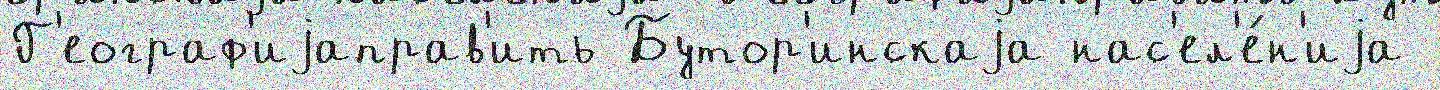
Г'еограф'иjаправ'ить Бутор'инскаjа нас'ел'е́н'иjа